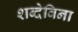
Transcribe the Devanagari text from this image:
शब्देविना